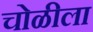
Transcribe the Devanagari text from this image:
चोळीला